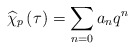
\begin{align*}\widehat{\chi }_{p}\left( \tau \right) =\sum _{n=0}a_{n}q^{n}\end{align*}